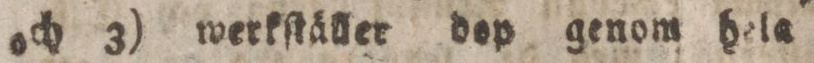
och 3) werkſtäller dop genom hela